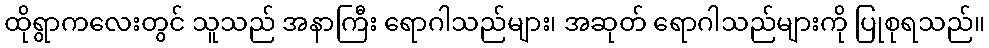
ထိုရွာကလေးတွင် သူသည် အနာကြီး ရောဂါသည်များ၊ အဆုတ် ရောဂါသည်များကို ပြုစုရသည်။